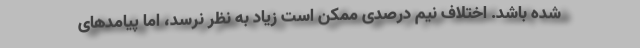
شده باشد. اختلاف نیم درصدی ممکن است زیاد به نظر نرسد، اما پیامدهای